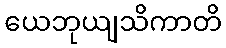
ယေဘုယျသိကာတိ